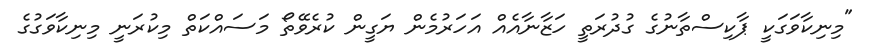
"މިނިކާވަގަކީ ޕާކިސްތާނުގެ ގުދުރަތީ ހަޒާނާއެއް އަހަރުމެން ޔަގީން ކުރެވޭތޯ މަސައްކަތް މިކުރަނީ މިނިކާވަގުގެ